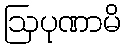
ဩပုဏာမိ